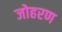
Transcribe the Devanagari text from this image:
जोहरण